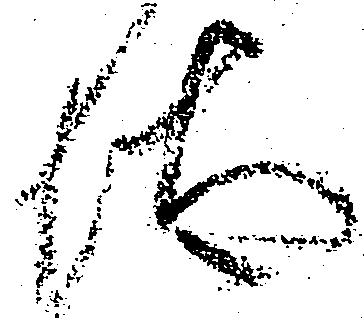
汰